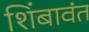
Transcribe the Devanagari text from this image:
शिंबावंत